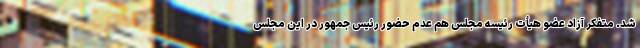
شد. متفکر آزاد عضو هیأت رئیسه مجلس هم عدم حضور رئیس جمهور در این مجلس